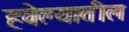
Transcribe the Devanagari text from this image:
हवेल्यातील